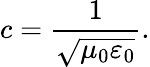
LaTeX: c={\frac{1}{\sqrt{\mu_{0}\varepsilon_{0}}}}.